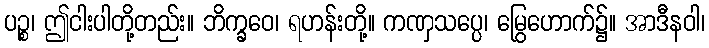
ပဉ္စ၊ ဤငါးပါတို့တည်း။ ဘိက္ခဝေ၊ ရဟန်းတို့။ ကဏှသပ္ပေ၊ မြွေဟောက်၌။ အာဒီနဝါ၊